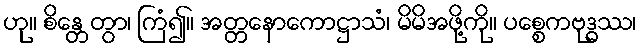
ဟု။ စိန္တေတွာ၊ ကြံ၍။ အတ္တနောကောဋ္ဌာသံ၊ မိမိအဖို့ကို။ ပစ္စေကဗုဒ္ဓဿ၊